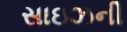
સાઇઝની